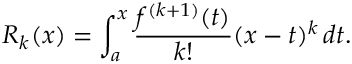
R _ { k } ( x ) = \int _ { a } ^ { x } { \frac { f ^ { ( k + 1 ) } ( t ) } { k ! } } ( x - t ) ^ { k } \, d t .